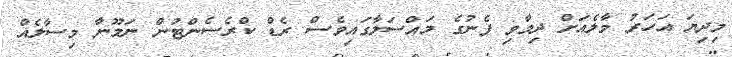
މިދިޔަ އަހަރު މާލެއަށް ދިމާވި ފެނުގެ މައްސަލާގައިވެސް ރެޑް ކްރެސެންޓުން ނަމޫނާ މިސާލެއް